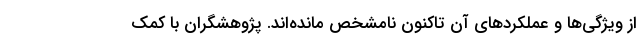
از ویژگی‌ها و عملکردهای آن تاکنون نامشخص مانده‌اند. پژوهشگران با کمک